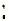
: